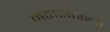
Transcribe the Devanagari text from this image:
मठासारखी